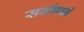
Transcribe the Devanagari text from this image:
सर्वागाने